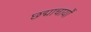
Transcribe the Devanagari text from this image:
छद्माचार्यों